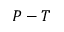
P - T